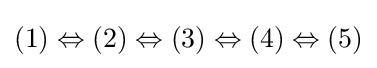
(1)\Leftrightarrow (2)\Leftrightarrow (3)\Leftrightarrow (4)\Leftrightarrow (5)